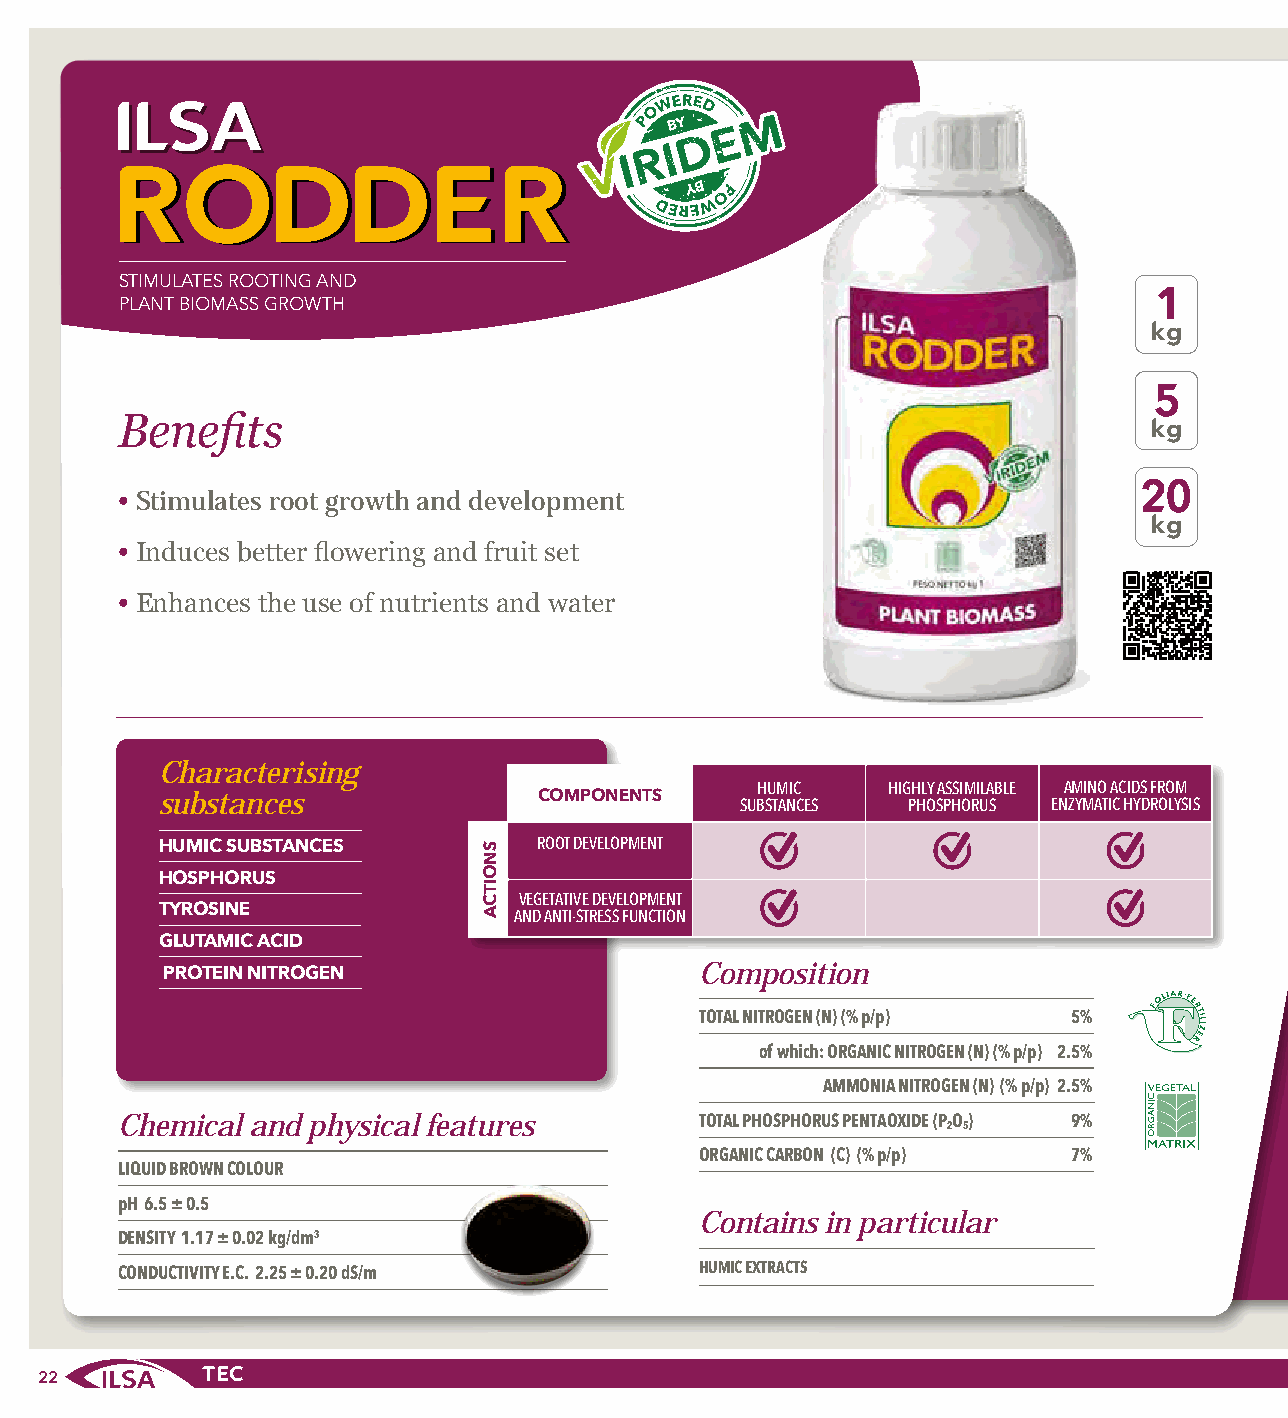
RROODDDDEERR
 STIMULATES ROOTING AND
 1
 PLANT BIOMASS GROWTH
 kg
 5
 Benefits                                                            kg
 20
 • Stimulates root growth and development
 kg
 • Induces better flowering and fruit set
 • Enhances the use of nutrients and water
 Characterising
 HUMIC    HIGHLY ASSIMILABLE AMINO ACIDS FROM
 substances                COMPONENTS   SUBSTANCES PHOSPHORUS ENZYMATIC HYDROLYSIS
 ROOT DEVELOPMENT HUMIC SUBSTANCES
 HOSPHORUS
 VEGETATIVE DEVELOPMENT
 TYROSINE                AND ANTI-STRESS FUNCTION
 GLUTAMIC ACID
 Composition
 PROTEIN NITROGEN
 TOTAL NITROGEN (N) (% p/p) 5%
 of which: ORGANIC NITROGEN (N) (% p/p) 2.5%
 AMMONIA NITROGEN (N) (% p/p) 2.5%
 Chemical and physical features        TOTAL PHOSPHORUS PENTAOXIDE (PO) 9%
 2 5
 ORGANIC CARBON (C) (% p/p) 7%
 LIQUID BROWN COLOUR
 pH 6.5 ± 0.5
 Contains in particular
 DENSITY 1.17 ± 0.02 kg/dm3
 CONDUCTIVITY E.C. 2.25 ± 0.20 dS/m    HUMIC EXTRACTS
 2222
 SNOITCA